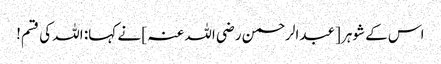
اس کے شوہر [عبدالرحمن رضی اللہ عنہ ] نے کہا: اللہ کی قسم!